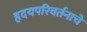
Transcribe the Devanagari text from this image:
हृदयपरिवर्तनाचे